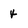
Character: 4